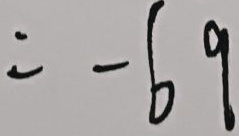
= - 6 9